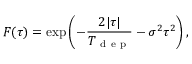
F ( \tau ) = \exp \left( - \frac { 2 | \tau | } { T _ { \mathrm { ~ d ~ e ~ p ~ } } } - \sigma ^ { 2 } \tau ^ { 2 } \right) ,